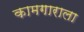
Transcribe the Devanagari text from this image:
कामगाराला